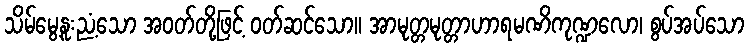
သိမ်မွေ့နူးညံ့သော အဝတ်တို့ဖြင့် ဝတ်ဆင်သော။ အာမုတ္တမုတ္တာဟာရမဏိကုဏ္ဍလော၊ စွပ်အပ်သော